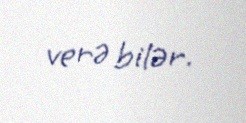
verə bilər.